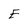
Character: E